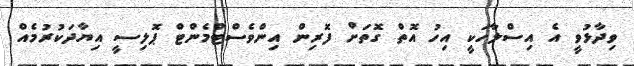
ވިދާޅުވީ އެ އިސްލާހަކީ އިހު އޮތް ގޮތަށް ފޮރިން އިންވެސްޓްމެންޓް ޕޮލިސީ އިޔާދަކުރުމެއް